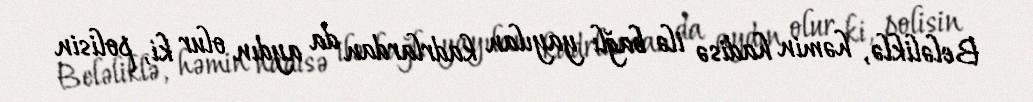
Beləliklə, həmin hadisə ilə bağlı yayılan kadrlardan da aydın olur ki, polisin